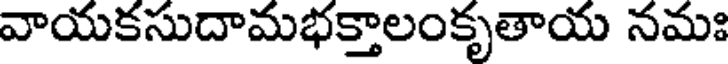
వాయకసుదామభక్తాలంకృతాయ నమః